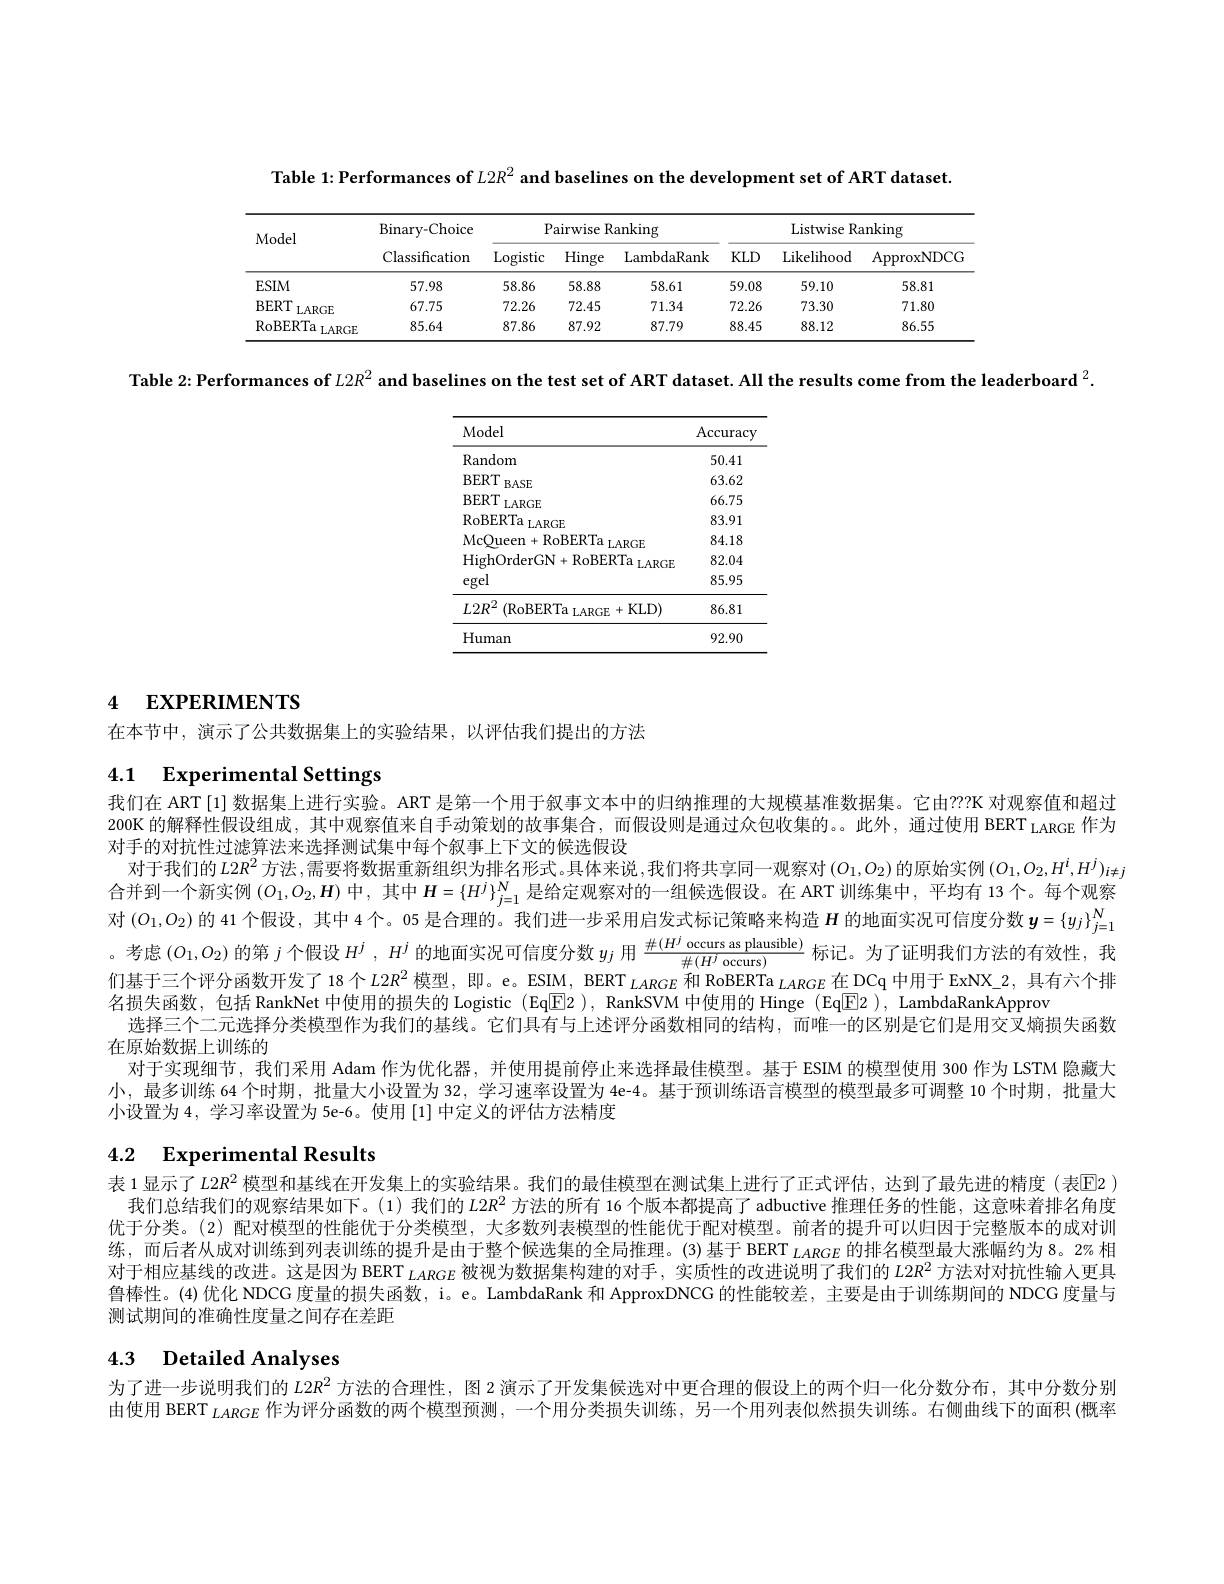
Table 1: Performances of $L2R^2$ and baselines on the development set of ART dataset

<table>
	<tbody>
		<tr>
			<th rowspan="2">Model</th>
			<th rowspan="2">Binary- Choice Classification</th>
			<th colspan="3">Pairwise Ranking</th>
			<th colspan="3">Listwise Ranking</th>
		</tr>
		<tr>
			<th>Logistic</th>
			<th>Hinge</th>
			<th>LambdaRank</th>
			<th>$KLD$</th>
			<th>Likelihood</th>
			<th>ApproxNDCC</th>
		</tr>
		<tr>
			<td>$ESIM$</td>
			<td>57.98</td>
			<td>58.86</td>
			<td>58.88</td>
			<td>58.61</td>
			<td>59.08</td>
			<td>59.10</td>
			<td>58.81</td>
		</tr>
		<tr>
			<td>$BERT$ LARGE</td>
			<td>67.75</td>
			<td>72.26</td>
			<td>72.45</td>
			<td>71.34</td>
			<td>72.26</td>
			<td>73.30</td>
			<td>71.80</td>
		</tr>
		<tr>
			<td>RoBERTa LARGE</td>
			<td>85.64</td>
			<td>87.86</td>
			<td>87.92</td>
			<td>87.79</td>
			<td>88.45</td>
			<td>88.12</td>
			<td>86.55</td>
		</tr>
	</tbody>
</table>

Table $2:\textbf{Performances of L2R}^{2}$ and baselines on the test set of ART dataset. All the results come from the leaderboard $^2.$

<table>
	<tbody>
		<tr>
			<th>Model</th>
			<th>$\operatorname{Accuracy}$</th>
		</tr>
		<tr>
			<td>Random</td>
			<td>50.41</td>
		</tr>
		<tr>
			<td>$\mathbf{BERT}$ $BASE$</td>
			<td>63.62</td>
		</tr>
		<tr>
			<td>$\mathbf{BERT}$ $LARGE$ </td>
			<td>66.75</td>
		</tr>
		<tr>
			<td>$\mathrm{RoBERTa}_{\mathrm{LARGE}}$</td>
			<td>83.91</td>
		</tr>
		<tr>
			<td>McOueen+RoBERTa $\mathbf{a}_{\mathrm{LARGE}}$</td>
			<td>84.18</td>
		</tr>
		<tr>
			<td>HighOrderGN$+ \mathrm{RoBERTa}_{\mathrm{LARGE}}$</td>
			<td>82.04</td>
		</tr>
		<tr>
			<td>egel</td>
			<td>85.95</td>
		</tr>
		<tr>
			<td>$L2R^{2}$ (RoBERTa LARGE +KLD)</td>
			<td>86.81</td>
		</tr>
		<tr>
			<td>Human</td>
			<td>92.90</td>
		</tr>
	</tbody>
</table>

# 4 EXPERIMENTS

在本节中，演示了公共数据集上的实验结果，以评估我们提出的方法

# 4.1 Experimental Settings

我们在 ART [1] 数据集上进行实验。ART 是第一个用于叙事文本中的归纳推理的大规模基准数据集。它由？??K 对观察值和超过200K 的解释性假设组成，其中观察值来自手动策划的故事集合，而假设则是通过众包收集的。。此外，通过使用 BERT LARGE 作为对手的对抗性过滤算法来选择测试集中每个叙事上下文的候选假设
对于我们的$L2R^2$方法 ,需要将数据重新组织为排名形式。具体来说，我们将共享同一观察对 $(O_1,O_2)$ 的原始实例 $(O_1,O_2,H^i,H^j)_{i\neq j}$ 合并到一个新实例$(O_1,O_2,H)$中 ,其中$H=\{H^j\}_{j=1}^N$是给定观察对的一组候选假设。在 ART 训练集中，平均有 13个。每个观察对$\left(O_1,O_2\right)$的 41个假设，其中 4个。05 是合理的。我们进一步采用启发式标记策略来构造$H$的地面实况可信度分数$\boldsymbol{y}=\left\{y_j\right\}_{j=1}^N$ 。考虑$(O_1,O_2)$的第$j$个假设$H^j,H^j$的地面实况可信度分数$y_j$用$\frac{\#(H^j\text{ occurs as plausible})}{\#(H^j\text{ ccurs})}$标记。为了证明我们方法的有效性，我们基于三个评分函数开发了18个$L2R^{2}$模型，即。e。ESIM, BERT $_{LARGE}$和 RoBERTa $_{LARGE}$在 DCq 中用于 ExNX\_2, 具有六个排名损失函数，包括 RankNet 中使用的损失的 Logistic (Eq$\underline{\mathrm{E}}$2), RankSVM 中使用的 Hinge (Eq$\underline {\mathrm{E} }\underline {\mathrm{E} }\underline {\mathrm{2} }$ ), LambdaRankApprov
选择三个二元选择分类模型作为我们的基线。它们具有与上述评分函数相同的结构，而唯一的区别是它们是用交叉熵损失函数
在原始数据上训练的
对于实现细节，我们采用 Adam 作为优化器，并使用提前停止来选择最佳模型。基于 ESIM 的模型使用 300 作为 LSTM 隐藏大小，最多训练 64 个时期，批量大小设置为 32, 学习速率设置为 4e-4。基于预训练语言模型的模型最多可调整 10 个时期，批量大小设置为 4, 学习率设置为 5e-6。使用 [1] 中定义的评估方法精度

# 4.2 Experimental Results

表 1 显示了$L2R^{2}$模型和基线在开发集上的实验结果。我们的最佳模型在测试集上进行了正式评估，达到了最先进的精度(表E2)
我们总结我们的观察结果如下。(1) 我们的$L2R^{2}$方法的所有 16 个版本都提高了 adbuctive 推理任务的性能，这意味着排名角度优于分类。(2) 配对模型的性能优于分类模型，大多数列表模型的性能优于配对模型。前者的提升可以归因于完整版本的成对训练，而后者从成对训练到列表训练的提升是由于整个候选集的全局推理。(3)基于 BERT $_{LARGE}$的排名模型最大涨幅约为 8。2% 相对于相应基线的改进。这是因为 BERT $_{LARGE}$ 被视为数据集构建的对手，实质性的改进说明了我们的 $L2R^2$方法对对抗性输入更具鲁棒性。(4)优化 NDCG 度量的损失函数，i。e。LambdaRank 和 ApproxDNCG 的性能较差，主要是由于训练期间的 NDCG 度量与测试期间的准确性度量之间存在差距

# 4.3 Detailed Analyses

为了进一步说明我们的$L2R^{2}$方法的合理性，图 2 演示了开发集候选对中更合理的假设上的两个归一化分数分布，其中分数分别由使用 BERT $_LARGE$作为评分函数的两个模型预测 ,一个用分类损失训练，另一个用列表似然损失训练。右侧曲线下的面积(概率